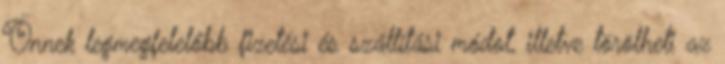
Önnek legmegfelelőbb fizetési és szállítási módot, illetve törölheti az